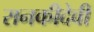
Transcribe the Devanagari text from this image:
रानकीदेवी